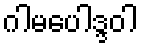
ဂါမပေါဒ္ဒဝါ